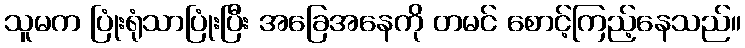
သူမက ပြုံးရုံသာပြုံးပြီး အခြေအနေကို တမင် စောင့်ကြည့်နေသည်။